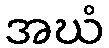
အဃံ